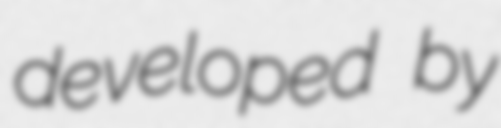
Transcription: developed by